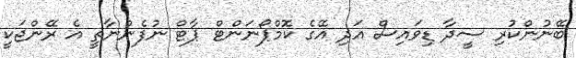
ބޭނުންކުރި ސީދާ ޑިވައިސް އަދި އޭގެ ކޮމްޕޯނަންޓް ޕާޓް ނުފެންނާތީ އެ ރޭންޖަކީ